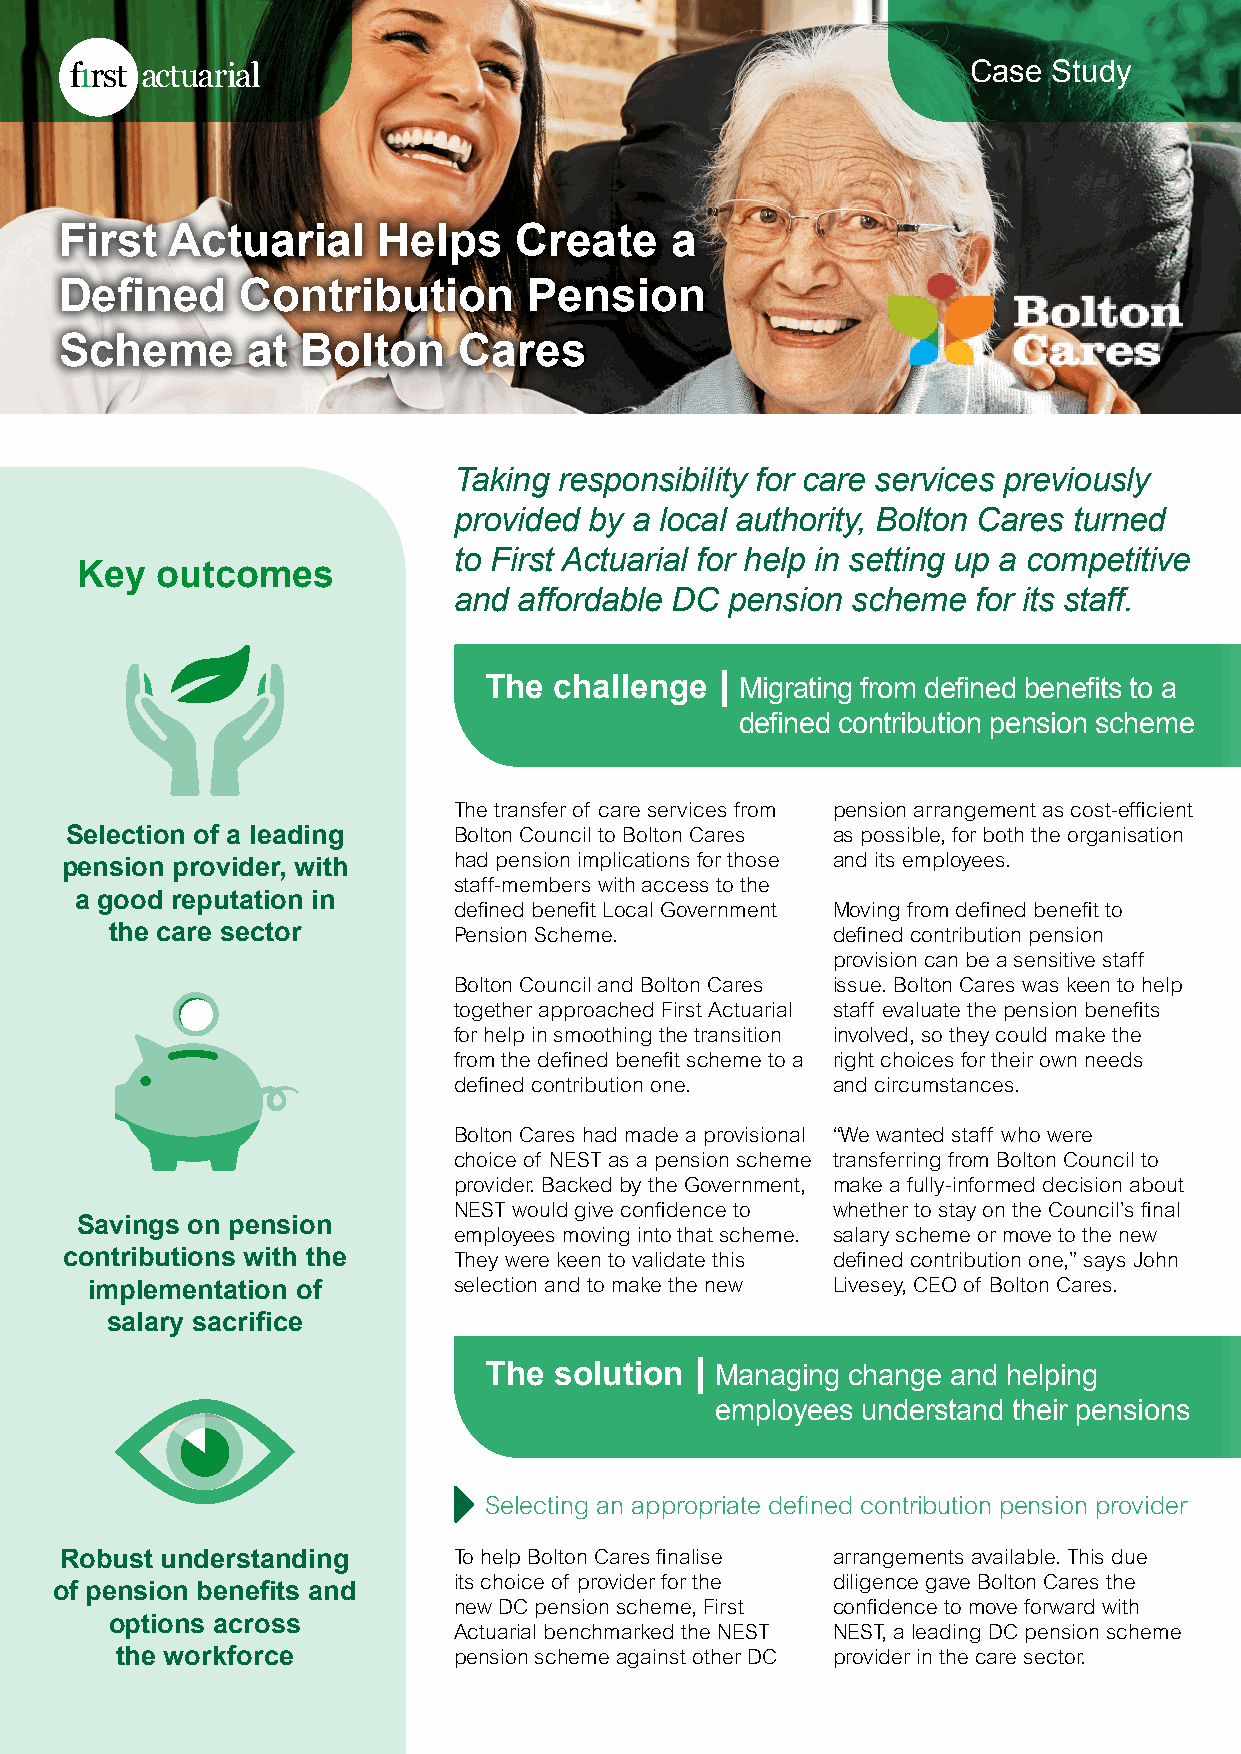
Case  Study
 First  Actuarial     Helps    Create    a
 Defined     Contribution       Pension
 Scheme      at  Bolton    Cares
 Taking responsibility for care services previously
 provided by a local authority, Bolton Cares turned
 to First Actuarial for help in setting up a competitive
 Key  outcomes
 and affordable DC pension scheme   for its staff.
 The  challenge  | Migrating from defined benefits to a
 defined contribution pension scheme
 The transfer of care services from pension arrangement as cost-efficient
 Selection of a leading    Bolton Council to Bolton Cares as possible, for both the organisation
 had pension implications for those and its employees.
 pension provider, with
 staff-members with access to the
 a good reputation in
 defined benefit Local Government Moving from defined benefit to
 the care sector        Pension Scheme.          defined contribution pension
 provision can be a sensitive staff
 Bolton Council and Bolton Cares issue. Bolton Cares was keen to help
 together approached First Actuarial staff evaluate the pension benefits
 for help in smoothing the transition involved, so they could make the
 from the defined benefit scheme to a right choices for their own needs
 defined contribution one. and circumstances.
 Bolton Cares had made a provisional “We wanted staff who were
 choice of NEST as a pension scheme transferring from Bolton Council to
 provider. Backed by the Government, make a fully-informed decision about
 NEST would give confidence to whether to stay on the Council’s final
 Savings on pension
 employees moving into that scheme. salary scheme or move to the new
 contributions with the    They were keen to validate this defined contribution one,” says John
 selection and to make the new Livesey, CEO of Bolton Cares.
 implementation of
 salary sacrifice
 The  solution | M anaging change and helping
 employees understand their pensions
 Selecting an appropriate defined contribution pension provider
 Robust understanding      To help Bolton Cares finalise arrangements available. This due
 its choice of provider for the diligence gave Bolton Cares the
 of pension benefits and
 new DC pension scheme, First confidence to move forward with
 options across
 Actuarial benchmarked the NEST NEST, a leading DC pension scheme
 the workforce         pension scheme against other DC provider in the care sector.